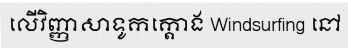
លើវិញ្ញាសាទូកក្តោង Windsurfing នៅ